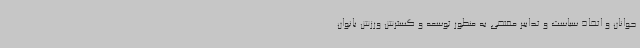
جوانان و اتخاذ سیاست و تدابیر مقتضی به منظور توسعه و گسترش ورزش بانوان